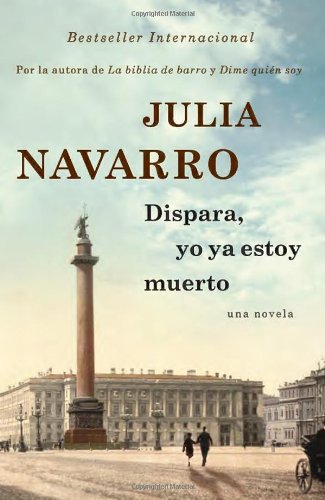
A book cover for Dispara, yo ya estoy muerto (Spanish Edition); Julia Navarro; Literature & Fiction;